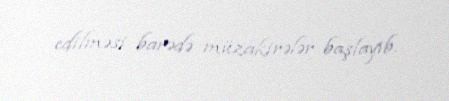
edilməsi barədə müzakirələr başlayıb.